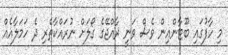
މި ހާފުގައި ބޫޓާންއިން ވެސް ވަނީ ރާއްޖޭގެ ގޯލަށް ނުރައްކާތެރި ދެ ހަމަލާއެއް